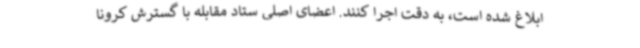
ابلاغ شده است، به دقت اجرا کنند. اعضای اصلی ستاد مقابله با گسترش کرونا